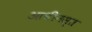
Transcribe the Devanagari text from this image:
आधीनस्त